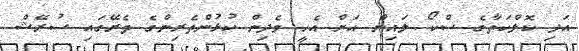
އަދި ކޮލްކަތާގެ ސްކޯ ލައިން އަށް އެހީ ވެދިން ކުޅުންތެރިންގެ ތެރޭގައި ސުރޭޝް